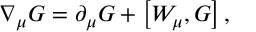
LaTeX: \nabla _ { \mu } G = \partial _ { \mu } G + \left[ W _ { \mu } , G \right] ,